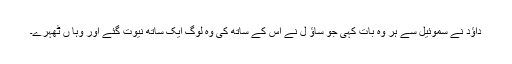
داؤد نے سموئیل سے ہر وہ بات کہی جو ساؤ ل نے اس کے ساتھ کی وہ لوگ ایک ساتھ نیوت گئے اور وہا ں ٹھہرے۔